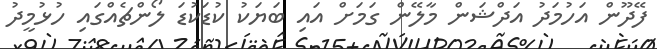
ފޭދޫން އަހުމަދު އަދްޝަން މާލޭން ގަމަށް އައި ބަޔަކު ކުޑަކުޑަ ލޯންޗެއްގައި ހުޅުމީދު